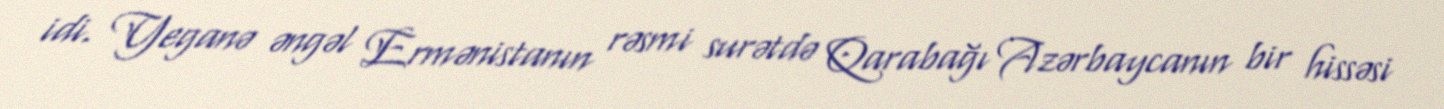
idi. Yeganə əngəl Ermənistanın rəsmi surətdə Qarabağı Azərbaycanın bir hissəsi